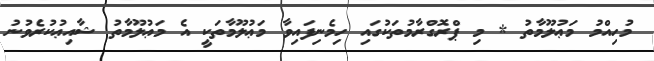
މުހިއްމު މަޢުލޫމާތު * މި ޕްރޮގްރާމުތަކުގައި ހިމެނިފައިވާ މަޢުލޫމާތަކީ އެ މަޢުލޫމާތު ޝާއިޢުކުރެވުނު